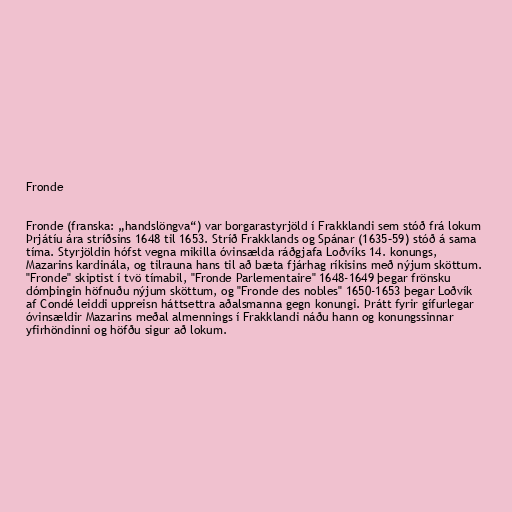
Fronde

Fronde (franska: „handslöngva“) var borgarastyrjöld í Frakklandi sem stóð frá lokum
Þrjátíu ára stríðsins 1648 til 1653. Stríð Frakklands og Spánar (1635–59) stóð á sama
tíma. Styrjöldin hófst vegna mikilla óvinsælda ráðgjafa Loðvíks 14. konungs,
Mazarins kardinála, og tilrauna hans til að bæta fjárhag ríkisins með nýjum sköttum.
"Fronde" skiptist í tvö tímabil, "Fronde Parlementaire" 1648-1649 þegar frönsku
dómþingin höfnuðu nýjum sköttum, og "Fronde des nobles" 1650-1653 þegar Loðvík
af Condé leiddi uppreisn háttsettra aðalsmanna gegn konungi. Þrátt fyrir gífurlegar
óvinsældir Mazarins meðal almennings í Frakklandi náðu hann og konungssinnar
yfirhöndinni og höfðu sigur að lokum.